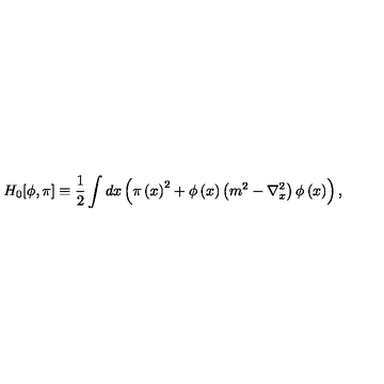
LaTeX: H _ { 0 } [ \phi , \pi ] \equiv \frac { 1 } { 2 } \int d x \left( \pi \left( x \right) ^ { 2 } + \phi \left( x \right) \left( m ^ { 2 } - \nabla _ { x } ^ { 2 } \right) \phi \left( x \right) \right) ,